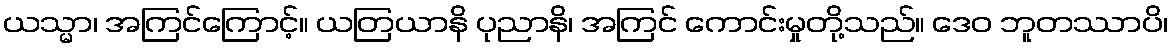
ယသ္မာ၊ အကြင်ကြောင့်။ ယတြယာနိ ပုညာနိ၊ အကြင် ကောင်းမှုတို့သည်။ ဒေဝ ဘူတဿာပိ၊